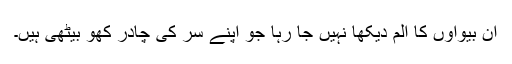
ان بیواؤں کا الم دیکھا نہیں جا رہا جو اپنے سر کی چادر کھو بیٹھی ہیں۔